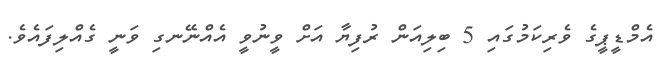
އެމްޑީޕީގެ ވެރިކަމުގައި 5 ބިލިއަން ރުފިޔާ އަށް ވީނުވީ އެއްނޭނގި ވަނީ ގެއްލިފައެވެ.